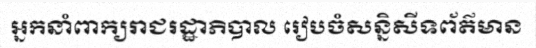
អ្នកនាំពាក្យរាជរដ្ឋាភិបាល រៀបចំសន្និសីទព័ត៌មាន